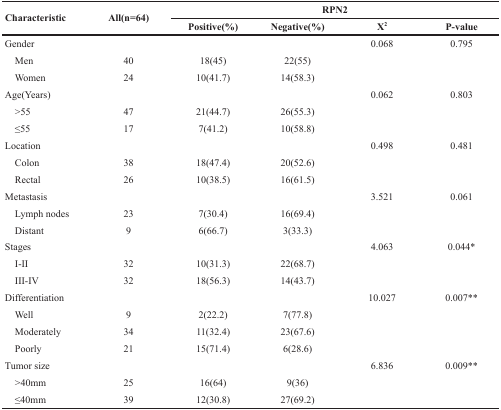
<table><thead><tr><td rowspan="2"><b>Characteristic</b></td><td rowspan="2"><b>All(n=64)</b></td><td colspan="4"><b>RPN2</b></td></tr><tr><td><b>Positive(%)</b></td><td><b>Negative(%)</b></td><td><b>X<sup>2</sup></b></td><td><b>P-value</b></td></tr></thead><tbody><tr><td>Gender</td><td></td><td></td><td></td><td>0.068</td><td>0.795</td></tr><tr><td> Men</td><td>40</td><td>18(45)</td><td>22(55)</td><td></td><td></td></tr><tr><td> Women</td><td>24</td><td>10(41.7)</td><td>14(58.3)</td><td></td><td></td></tr><tr><td>Age(Years)</td><td></td><td></td><td></td><td>0.062</td><td>0.803</td></tr><tr><td> &gt;55</td><td>47</td><td>21(44.7)</td><td>26(55.3)</td><td></td><td></td></tr><tr><td> ≤55</td><td>17</td><td>7(41.2)</td><td>10(58.8)</td><td></td><td></td></tr><tr><td>Location</td><td></td><td></td><td></td><td>0.498</td><td>0.481</td></tr><tr><td> Colon</td><td>38</td><td>18(47.4)</td><td>20(52.6)</td><td></td><td></td></tr><tr><td> Rectal</td><td>26</td><td>10(38.5)</td><td>16(61.5)</td><td></td><td></td></tr><tr><td>Metastasis</td><td></td><td></td><td></td><td>3.521</td><td>0.061</td></tr><tr><td> Lymph nodes</td><td>23</td><td>7(30.4)</td><td>16(69.4)</td><td></td><td></td></tr><tr><td> Distant</td><td>9</td><td>6(66.7)</td><td>3(33.3)</td><td></td><td></td></tr><tr><td>Stages</td><td></td><td></td><td></td><td>4.063</td><td>0.044*</td></tr><tr><td> I-II</td><td>32</td><td>10(31.3)</td><td>22(68.7)</td><td></td><td></td></tr><tr><td> III-IV</td><td>32</td><td>18(56.3)</td><td>14(43.7)</td><td></td><td></td></tr><tr><td>Differentiation</td><td></td><td></td><td></td><td>10.027</td><td>0.007**</td></tr><tr><td> Well</td><td>9</td><td>2(22.2)</td><td>7(77.8)</td><td></td><td></td></tr><tr><td> Moderately</td><td>34</td><td>11(32.4)</td><td>23(67.6)</td><td></td><td></td></tr><tr><td> Poorly</td><td>21</td><td>15(71.4)</td><td>6(28.6)</td><td></td><td></td></tr><tr><td>Tumor size</td><td></td><td></td><td></td><td>6.836</td><td>0.009**</td></tr><tr><td> &gt;40mm</td><td>25</td><td>16(64)</td><td>9(36)</td><td></td><td></td></tr><tr><td> ≤40mm</td><td>39</td><td>12(30.8)</td><td>27(69.2)</td><td></td><td></td></tr></tbody></table>